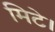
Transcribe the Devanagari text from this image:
मिटे।